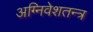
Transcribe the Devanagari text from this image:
अग्निवेशतन्त्र